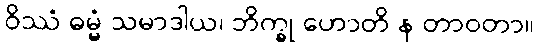
ဝိဿံ ဓမ္မံ သမာဒါယ၊ ဘိက္ခု ဟောတိ န တာဝတာ။